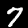
Digit: 7